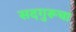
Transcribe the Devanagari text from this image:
सदगुरूचा